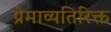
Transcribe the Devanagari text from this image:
प्रेमाव्यतिरिक्त